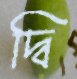
দ্বি